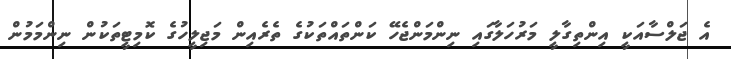
އެ ޖަލްސާއަކީ އިންތިގާލީ މަރުހަލާގައި ނިންމަންޖެހޭ ކަންތައްތަކުގެ ތެރެއިން މަޖިލީހުގެ ކޮމިޓީތަކުން ނިންމަމުން